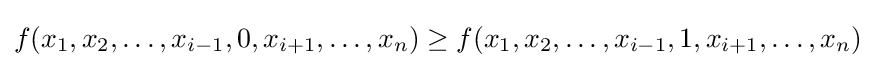
f(x_{1},x_{2},\ldots ,x_{i-1},0,x_{i+1},\ldots ,x_{n})\geq f(x_{1},x_{2},\ldots ,x_{i-1},1,x_{i+1},\ldots ,x_{n})